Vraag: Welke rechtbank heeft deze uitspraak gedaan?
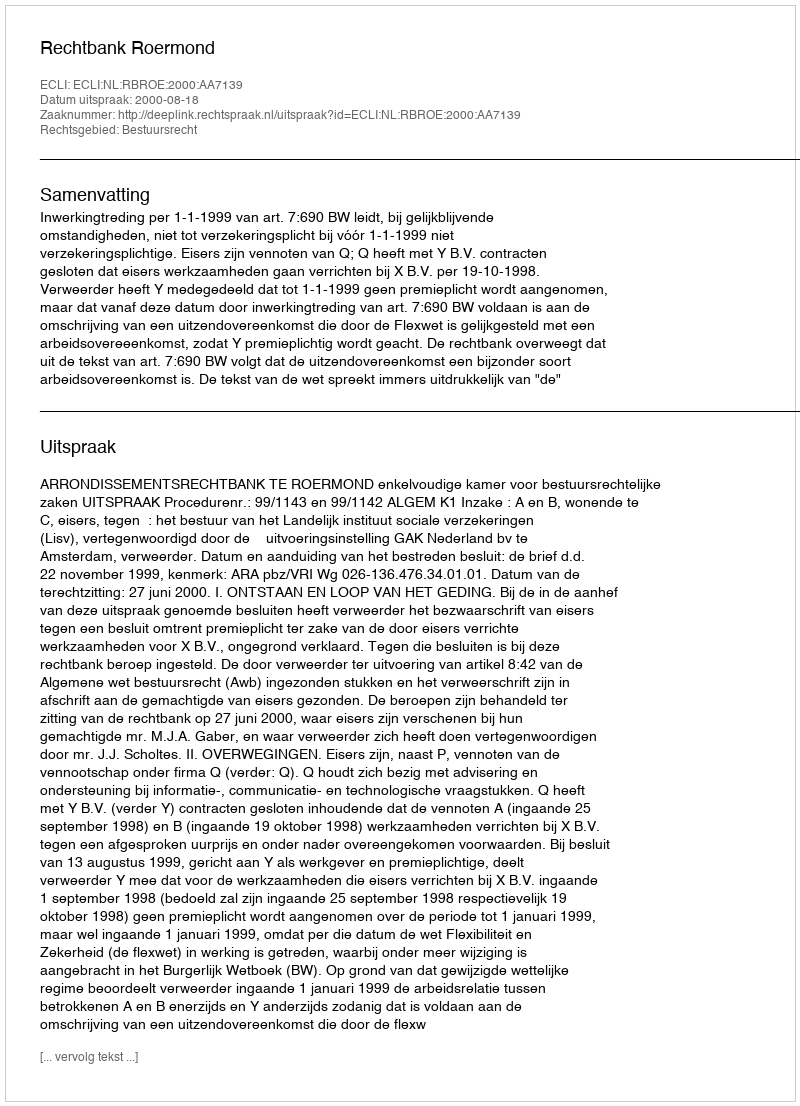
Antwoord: Rechtbank Roermond